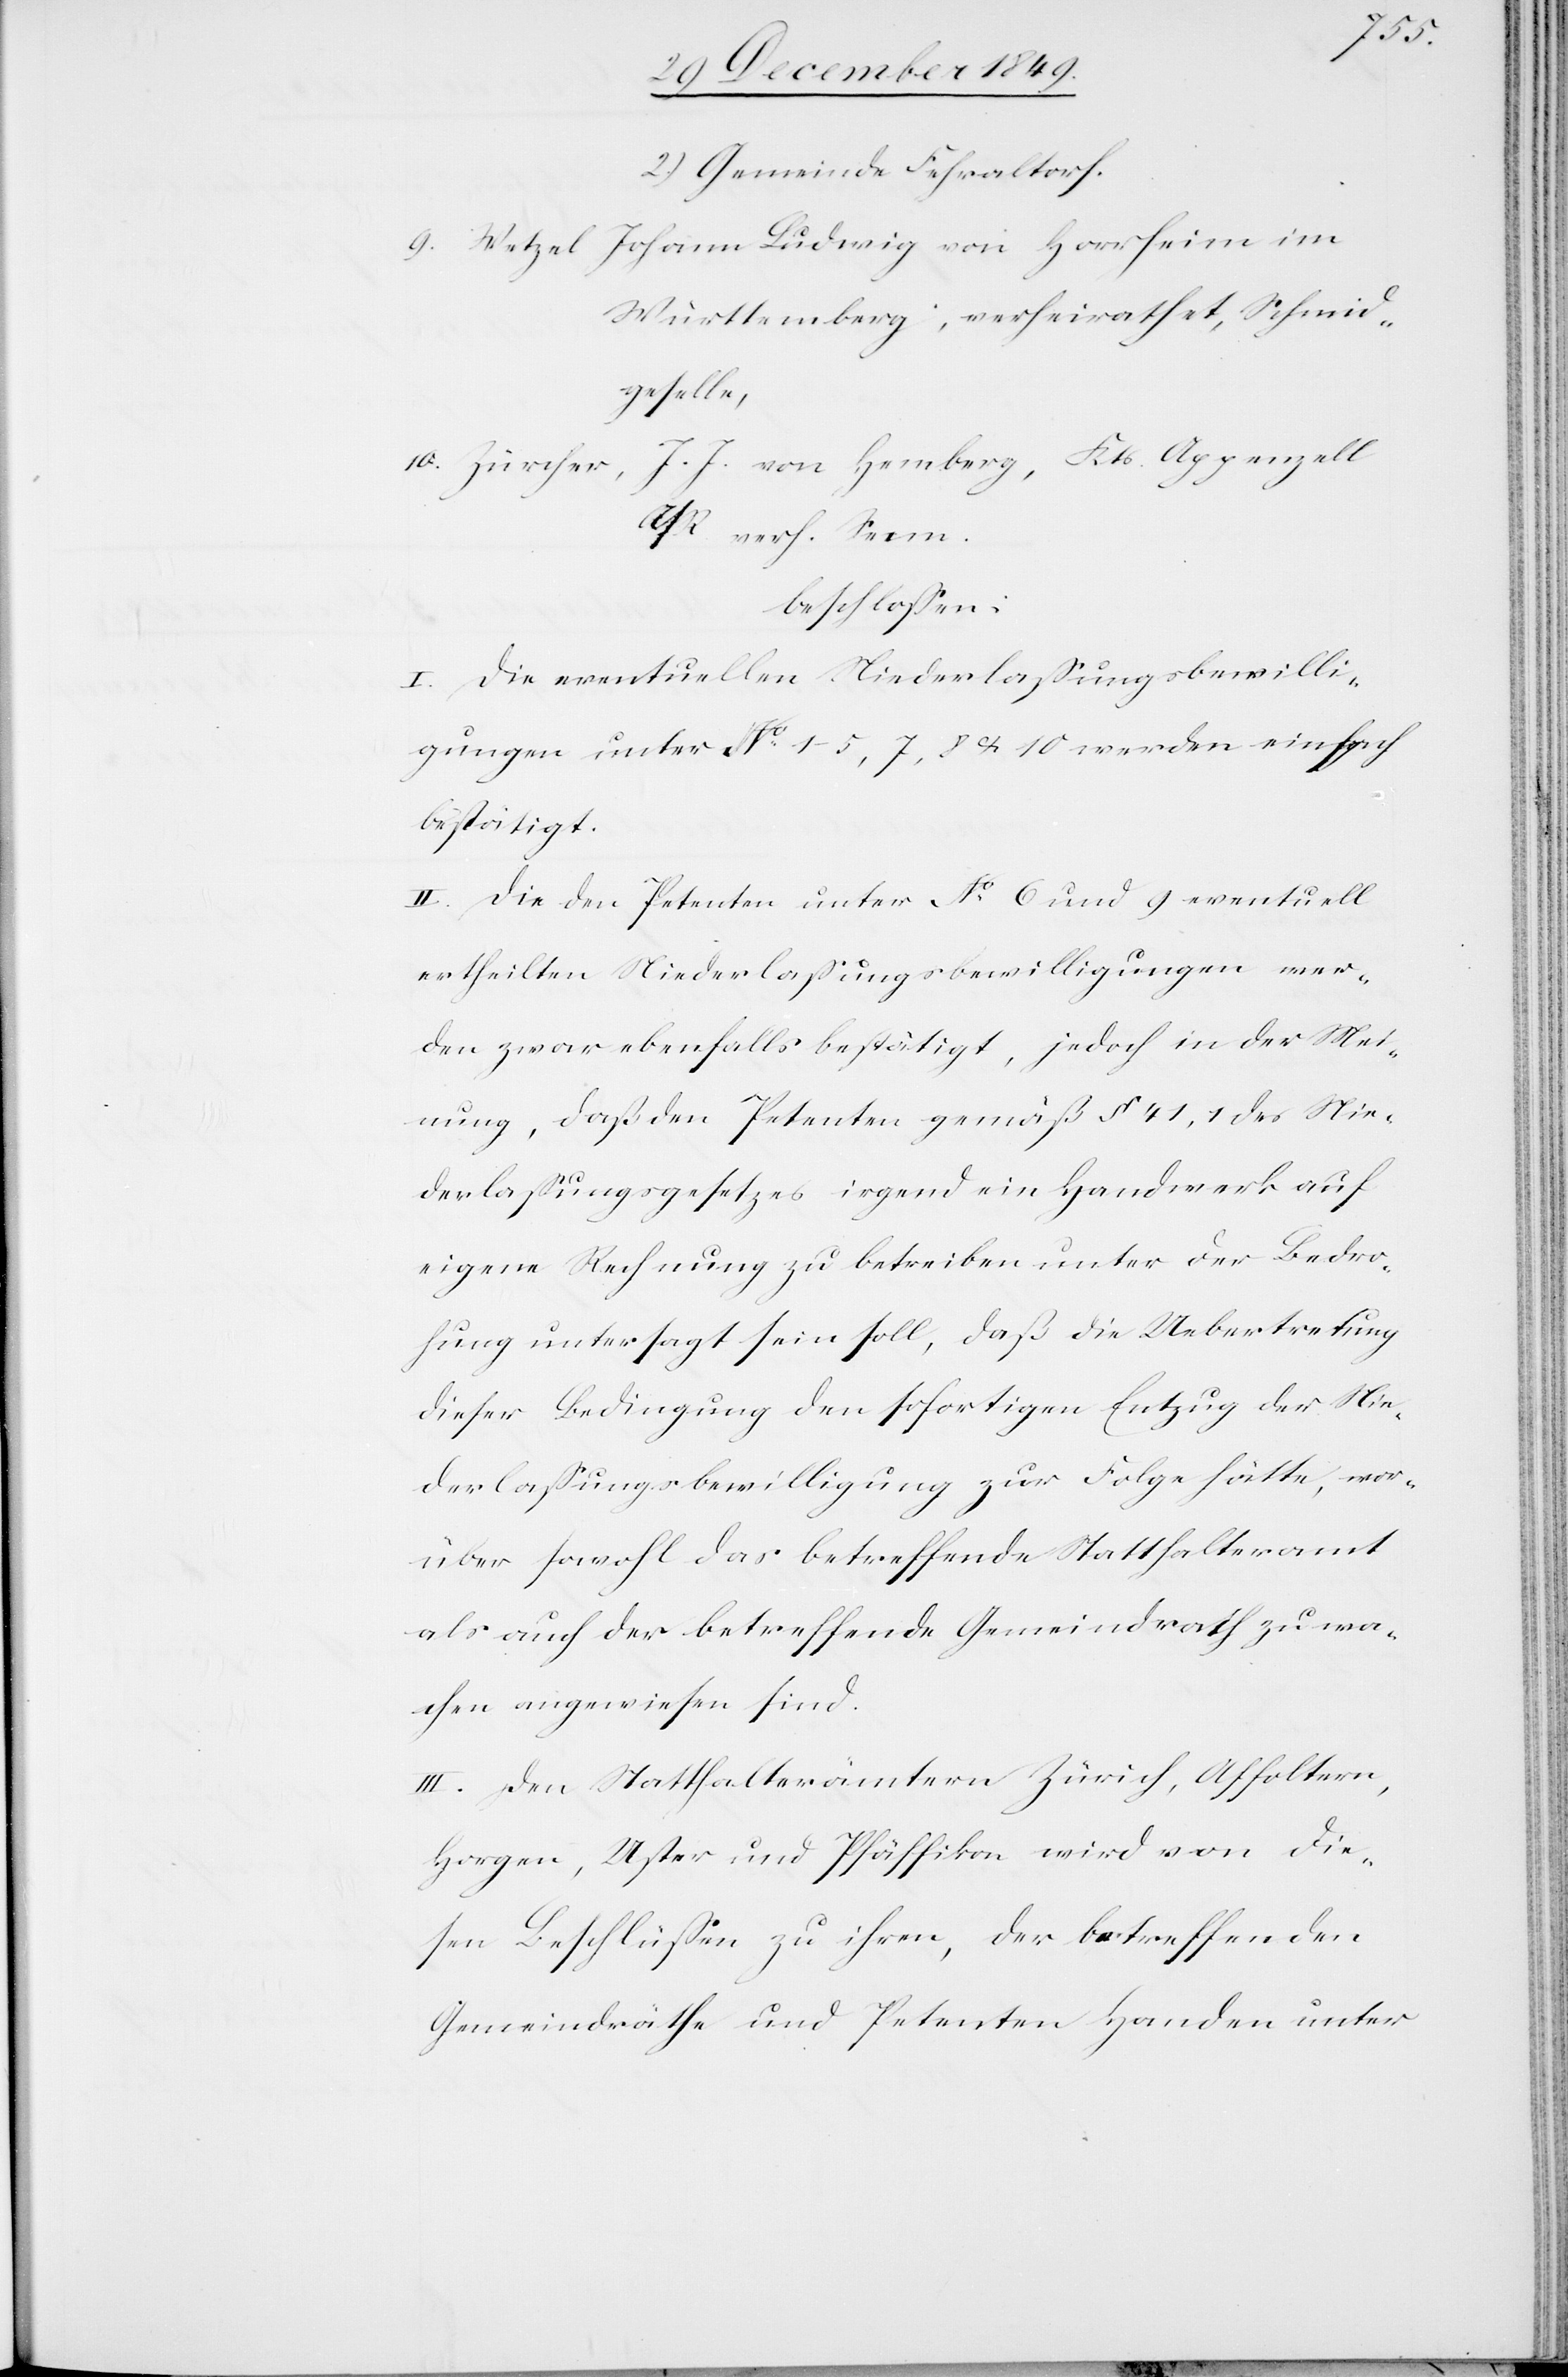
2.) Gemeinde Fehraltorf.
9. Wetzel Johann Ludwig von Horrhein im
Württemberg, verheirathet, Schmid¬
geselle,
10. Zürcher, J. J. von Homberg, Kts. Appenzell
a/R. verh. Senn.
beschloßen:
I. Die eventuellen Niederlaßungsbewilli¬
gungen unter N° 1–5,7,8 u. 10 werden einfach
bestätigt.
II. Die den Petenten unter N° 6 und 9 eventuell
ertheilten Niederlaßungsbewilligungen wer¬
den zwar ebenfalls bestätigt, jedoch in der Mei¬
nung, daß den Petenten gemäß § 41,1 des Nie¬
derlaßungesetzes irgend ein Handwerk auf
eigene Rechnung zu betreiben unter der Bedro¬
hung untersagt sein soll, daß die Uebertretung
dieser Bedingung den sofortigen Entzug der Nie¬
derlaßungsbewilligung zur Folge hätte, wor¬
über sowohl da betreffende Statthalteramt
als auch der betreffende Gemeindrath zu wa¬
chen angewiesen sind.
III. Den Statthalterämtern Zürich, Affoltern,
Horgen, Uster und Pfäffikon wird von die¬
sen Beschlüßen zu ihren, der betreffenden
Gemeindräthe und Petenten Handen unter